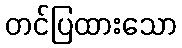
တင်ပြထားသော